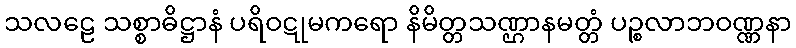
သလဠေ သစ္စာဓိဋ္ဌာနံ ပရိဝဋုမကရော နိမိတ္တသဏ္ဌာနမတ္တံ ပဉ္စလာဘဝဏ္ဏနာ